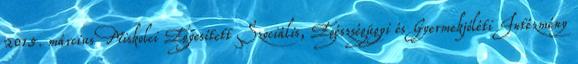
2015. március Miskolci Egyesített Szociális, Egészségügyi és Gyermekjóléti Intézmény